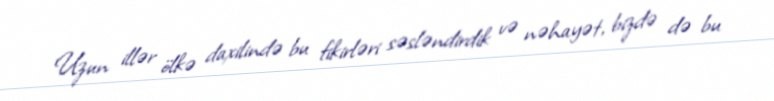
Uzun illər ölkə daxilində bu fikirləri səsləndirdik və nəhayət, bizdə də bu